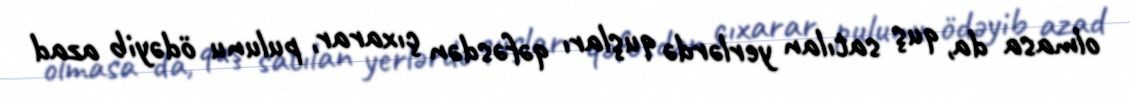
olmasa da, quş satılan yerlərdə quşları qəfəsdən çıxarar, pulunu ödəyib azad